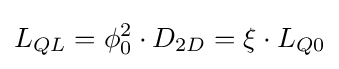
L_{QL}=\phi _{0}^{2}\cdot D_{2D}=\xi \cdot L_{Q0}